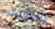
نتقاسم